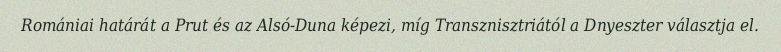
Romániai határát a Prut és az Alsó-Duna képezi, míg Transznisztriától a Dnyeszter választja el.